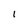
Character: 1